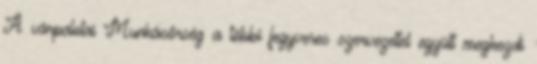
A várpalotai Munkásőrség a többi fegyveres szervezettel együtt megkezdi